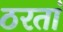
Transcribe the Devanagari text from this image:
ठरतां